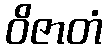
ဝိဇာတံ